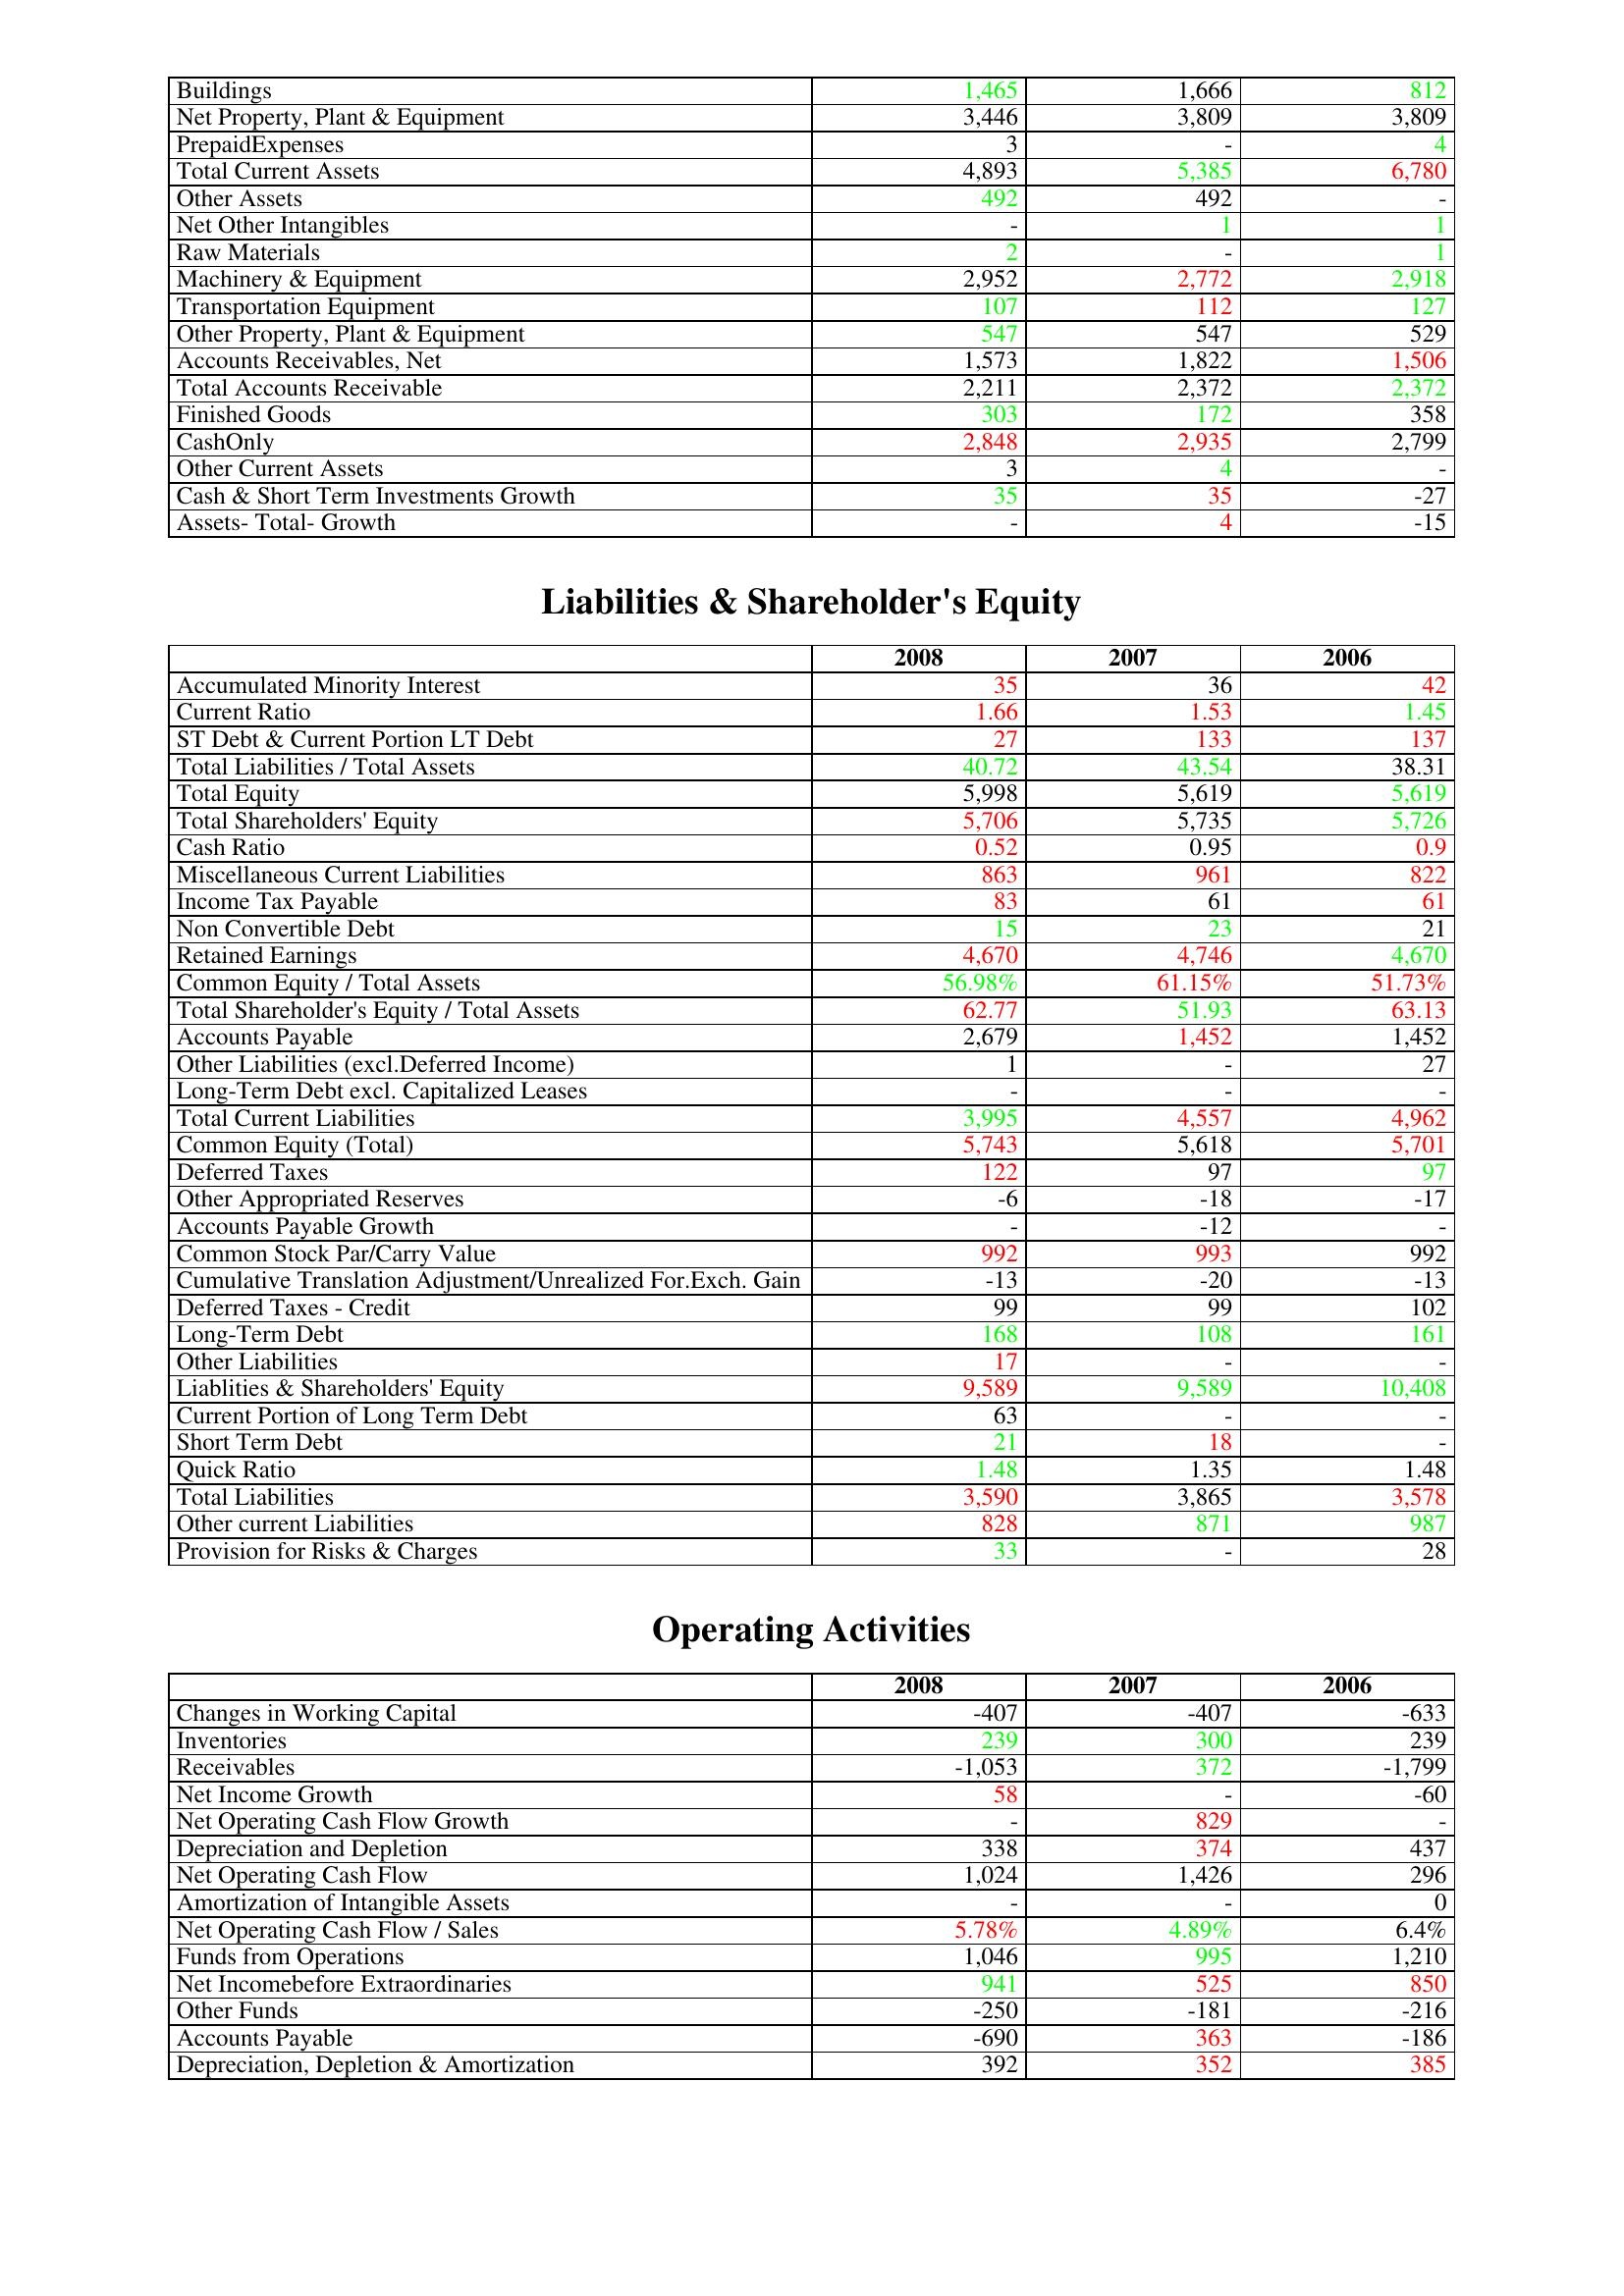
gt_parse: 2008: Assets: Buildings: 1,465
Net Property, Plant & Equipment: 3,446
PrepaidExpenses: 3
Total Current Assets: 4,893
Other Assets: 492
Net Other Intangibles: -
Raw Materials: 2
Machinery & Equipment: 2,952
Transportation Equipment: 107
Other Property, Plant & Equipment: 547
Accounts Receivables, Net: 1,573
Total Accounts Receivable: 2,211
Finished Goods: 303
CashOnly: 2,848
Other Current Assets: 3
Cash & Short Term Investments Growth: 35
Assets- Total- Growth: -
Liabilities & Shareholder's Equity: Accumulated Minority Interest: 35
Current Ratio: 1.66
ST Debt & Current Portion LT Debt: 27
Total Liabilities / Total Assets: 40.72
Total Equity: 5,998
Total Shareholders' Equity: 5,706
Cash Ratio: 0.52
Miscellaneous Current Liabilities: 863
Income Tax Payable: 83
Non Convertible Debt: 15
Retained Earnings: 4,670
Common Equity / Total Assets: 56.98%
Total Shareholder's Equity / Total Assets: 62.77
Accounts Payable: 2,679
Other Liabilities (excl.Deferred Income): 1
Long-Term Debt excl. Capitalized Leases: -
Total Current Liabilities: 3,995
Common Equity (Total): 5,743
Deferred Taxes: 122
Other Appropriated Reserves: -6
Accounts Payable Growth: -
Common Stock Par/Carry Value: 992
Cumulative Translation Adjustment/Unrealized For.Exch. Gain: -13
Deferred Taxes - Credit: 99
Long-Term Debt: 168
Other Liabilities: 17
Liablities & Shareholders' Equity: 9,589
Current Portion of Long Term Debt: 63
Short Term Debt: 21
Quick Ratio: 1.48
Total Liabilities: 3,590
Other current Liabilities: 828
Provision for Risks & Charges: 33
Operating Activities: Changes in Working Capital: -407
Inventories: 239
Receivables: -1,053
Net Income Growth: 58
Net Operating Cash Flow Growth: -
Depreciation and Depletion: 338
Net Operating Cash Flow: 1,024
Amortization of Intangible Assets: -
Net Operating Cash Flow / Sales: 5.78%
Funds from Operations: 1,046
Net Incomebefore Extraordinaries: 941
Other Funds: -250
Accounts Payable: -690
Depreciation, Depletion & Amortization: 392
2007: Assets: Buildings: 1,666
Net Property, Plant & Equipment: 3,809
PrepaidExpenses: -
Total Current Assets: 5,385
Other Assets: 492
Net Other Intangibles: 1
Raw Materials: -
Machinery & Equipment: 2,772
Transportation Equipment: 112
Other Property, Plant & Equipment: 547
Accounts Receivables, Net: 1,822
Total Accounts Receivable: 2,372
Finished Goods: 172
CashOnly: 2,935
Other Current Assets: 4
Cash & Short Term Investments Growth: 35
Assets- Total- Growth: 4
Liabilities & Shareholder's Equity: Accumulated Minority Interest: 36
Current Ratio: 1.53
ST Debt & Current Portion LT Debt: 133
Total Liabilities / Total Assets: 43.54
Total Equity: 5,619
Total Shareholders' Equity: 5,735
Cash Ratio: 0.95
Miscellaneous Current Liabilities: 961
Income Tax Payable: 61
Non Convertible Debt: 23
Retained Earnings: 4,746
Common Equity / Total Assets: 61.15%
Total Shareholder's Equity / Total Assets: 51.93
Accounts Payable: 1,452
Other Liabilities (excl.Deferred Income): -
Long-Term Debt excl. Capitalized Leases: -
Total Current Liabilities: 4,557
Common Equity (Total): 5,618
Deferred Taxes: 97
Other Appropriated Reserves: -18
Accounts Payable Growth: -12
Common Stock Par/Carry Value: 993
Cumulative Translation Adjustment/Unrealized For.Exch. Gain: -20
Deferred Taxes - Credit: 99
Long-Term Debt: 108
Other Liabilities: -
Liablities & Shareholders' Equity: 9,589
Current Portion of Long Term Debt: -
Short Term Debt: 18
Quick Ratio: 1.35
Total Liabilities: 3,865
Other current Liabilities: 871
Provision for Risks & Charges: -
Operating Activities: Changes in Working Capital: -407
Inventories: 300
Receivables: 372
Net Income Growth: -
Net Operating Cash Flow Growth: 829
Depreciation and Depletion: 374
Net Operating Cash Flow: 1,426
Amortization of Intangible Assets: -
Net Operating Cash Flow / Sales: 4.89%
Funds from Operations: 995
Net Incomebefore Extraordinaries: 525
Other Funds: -181
Accounts Payable: 363
Depreciation, Depletion & Amortization: 352
2006: Assets: Buildings: 812
Net Property, Plant & Equipment: 3,809
PrepaidExpenses: 4
Total Current Assets: 6,780
Other Assets: -
Net Other Intangibles: 1
Raw Materials: 1
Machinery & Equipment: 2,918
Transportation Equipment: 127
Other Property, Plant & Equipment: 529
Accounts Receivables, Net: 1,506
Total Accounts Receivable: 2,372
Finished Goods: 358
CashOnly: 2,799
Other Current Assets: -
Cash & Short Term Investments Growth: -27
Assets- Total- Growth: -15
Liabilities & Shareholder's Equity: Accumulated Minority Interest: 42
Current Ratio: 1.45
ST Debt & Current Portion LT Debt: 137
Total Liabilities / Total Assets: 38.31
Total Equity: 5,619
Total Shareholders' Equity: 5,726
Cash Ratio: 0.9
Miscellaneous Current Liabilities: 822
Income Tax Payable: 61
Non Convertible Debt: 21
Retained Earnings: 4,670
Common Equity / Total Assets: 51.73%
Total Shareholder's Equity / Total Assets: 63.13
Accounts Payable: 1,452
Other Liabilities (excl.Deferred Income): 27
Long-Term Debt excl. Capitalized Leases: -
Total Current Liabilities: 4,962
Common Equity (Total): 5,701
Deferred Taxes: 97
Other Appropriated Reserves: -17
Accounts Payable Growth: -
Common Stock Par/Carry Value: 992
Cumulative Translation Adjustment/Unrealized For.Exch. Gain: -13
Deferred Taxes - Credit: 102
Long-Term Debt: 161
Other Liabilities: -
Liablities & Shareholders' Equity: 10,408
Current Portion of Long Term Debt: -
Short Term Debt: -
Quick Ratio: 1.48
Total Liabilities: 3,578
Other current Liabilities: 987
Provision for Risks & Charges: 28
Operating Activities: Changes in Working Capital: -633
Inventories: 239
Receivables: -1,799
Net Income Growth: -60
Net Operating Cash Flow Growth: -
Depreciation and Depletion: 437
Net Operating Cash Flow: 296
Amortization of Intangible Assets: 0
Net Operating Cash Flow / Sales: 6.4%
Funds from Operations: 1,210
Net Incomebefore Extraordinaries: 850
Other Funds: -216
Accounts Payable: -186
Depreciation, Depletion & Amortization: 385